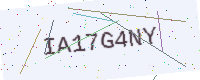
Text: IA17G4NY